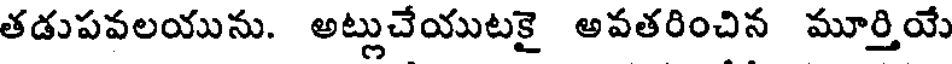
తడుపవలయును. అట్లుచేయుటకై అవతరించిన మూర్తియే